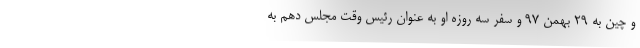
و چین به ۲۹ بهمن ۹۷ و سفر سه روزه او به عنوان رئیس وقت مجلس دهم به